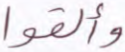
وألقوا